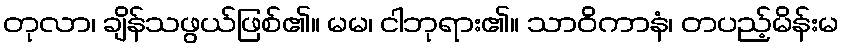
တုလာ၊ ချိန်သဖွယ်ဖြစ်၏။ မမ၊ ငါဘုရား၏။ သာဝိကာနံ၊ တပည့်မိန်းမ